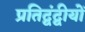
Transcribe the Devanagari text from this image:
प्रतिद्वंद्वीयों